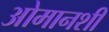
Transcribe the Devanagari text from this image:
ओमानशी